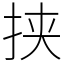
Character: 挟